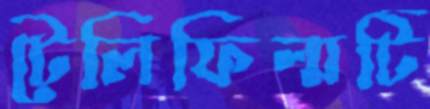
টেলিফিল্মটি